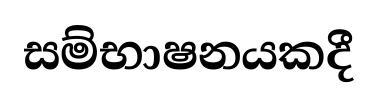
සම්භාෂනයකදී